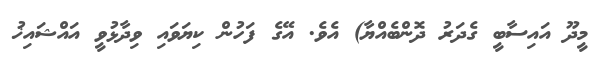
މީދޫ އައިސާބީ ގެދަރު ދޮންބެއްޔާ) އެވެ. އޭގެ ފަހުން ކިޔަވައި ވިދާޅުވީ އައްޝައިޚު